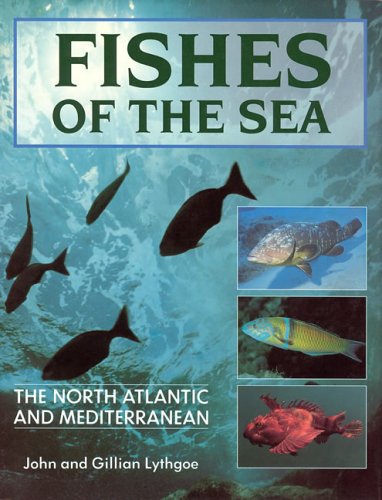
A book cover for Fishes of the Sea: The North Atlantic and Mediterranean; John Lythgoe; Sports & Outdoors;